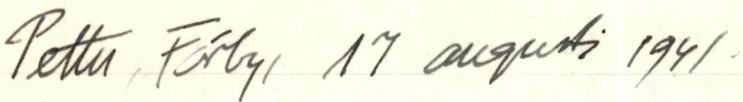
Pettu, Förby, 17 augusti 1941.